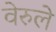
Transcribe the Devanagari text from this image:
वेरुले